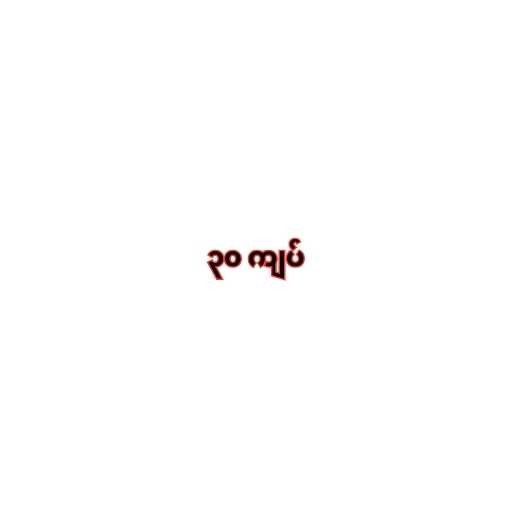
၃၀ ကျပ်